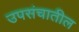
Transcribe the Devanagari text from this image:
उपसंचातील